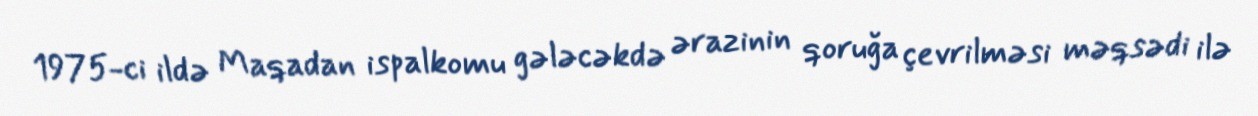
1975-ci ildə Maqadan ispalkomu gələcəkdə ərazinin qoruğa çevrilməsi məqsədi ilə